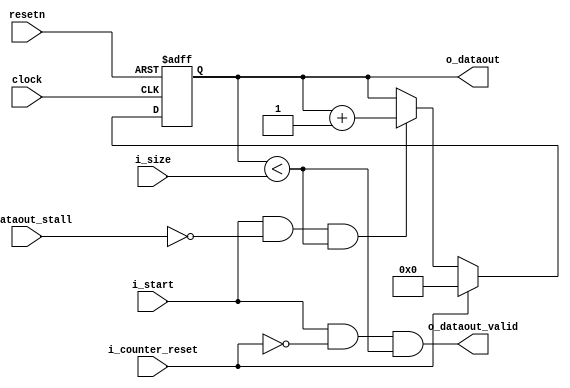
module logicblock_counter(clock, resetn, i_start, i_size, 
  o_dataout, o_dataout_valid, i_dataout_stall, i_counter_reset);

parameter DATA_WIDTH = 32;
  
  input clock, resetn;
  input i_start;
  input [DATA_WIDTH-1:0] i_size;
  output [DATA_WIDTH-1:0] o_dataout;
  output o_dataout_valid;
  input i_dataout_stall;
  input i_counter_reset;
  
  reg [DATA_WIDTH-1:0] counter;
  
  always @(posedge clock or negedge resetn)
  begin
    if (~resetn)
    begin
      counter <= 32'h00000000;
    end
    else
    begin
      if (i_counter_reset)
      begin
        counter <= {DATA_WIDTH{1'b0}};
      end
      else if (i_start && ~i_dataout_stall && counter < i_size)
      begin
        counter <= counter + 1;
      end
    end
  end
  
  assign o_dataout = counter;
  assign o_dataout_valid = i_start && !i_counter_reset && (counter < i_size);
 
endmodule